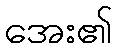
အေး၏